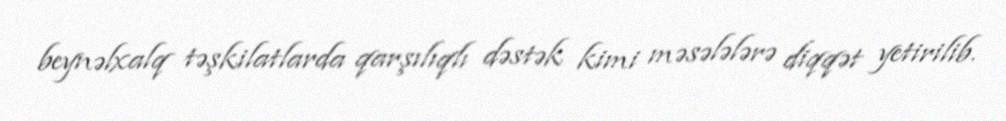
beynəlxalq təşkilatlarda qarşılıqlı dəstək kimi məsələlərə diqqət yetirilib.